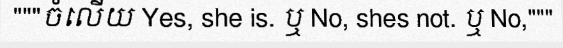
"""ចំលើយ Yes, she is. ឬ No, shes not. ឬ No,"""